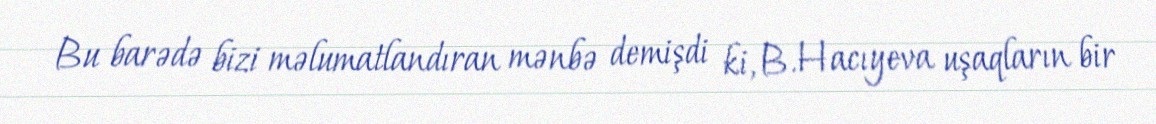
Bu barədə bizi məlumatlandıran mənbə demişdi ki, B.Hacıyeva uşaqların bir